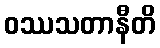
ဝဿသတာနီတိ